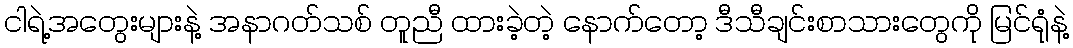
ငါရဲ့အတွေးများနဲ့ အနာဂတ်သစ် တူညီ ထားခဲ့တဲ့ နောက်တော့ ဒီသီချင်းစာသားတွေကို မြင်ရုံနဲ့